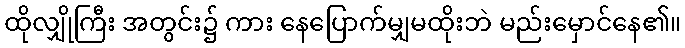
ထိုလျှိုကြီး အတွင်း၌ ကား နေပြောက်မျှမထိုးဘဲ မည်းမှောင်နေ၏။